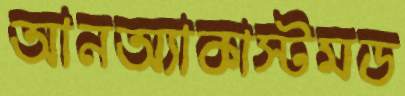
আনঅ্যাকাস্টমড